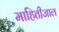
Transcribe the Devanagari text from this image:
माहितीजाल